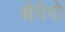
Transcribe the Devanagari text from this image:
शेपेरो